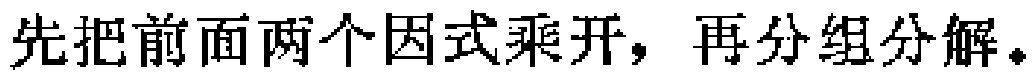
先把前面两个因式乘开，再分组分解。